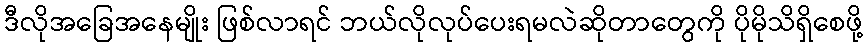
ဒီလိုအခြေအနေမျိုး ဖြစ်လာရင် ဘယ်လိုလုပ်ပေးရမလဲဆိုတာတွေကို ပိုမိုသိရှိစေဖို့